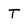
Character: T